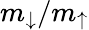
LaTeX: m_{\downarrow}/m_{\uparrow}